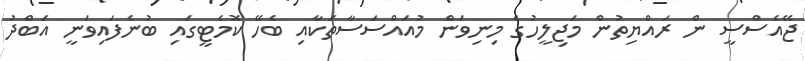
ޖޭއެސްސީ ން ރައްޔިތުން މަޖިލީހުގެ މިނިވަން މުއައްސަސާތަކާއި ބެހޭ ކޮމެޓީގައި ބުނެފައިވަނީ އަބްދު